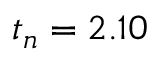
t _ { n } = 2 . 1 0